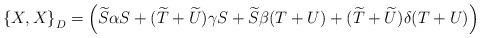
LaTeX: \begin{align*}\left\{X,X\right\}_{D} = \left(\widetilde{S}\alpha S +(\widetilde{T}+\widetilde{U})\gamma S + \widetilde{S}\beta (T+U) +(\widetilde{T}+\widetilde{U})\delta (T+U)\right)\end{align*}